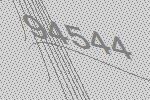
94544